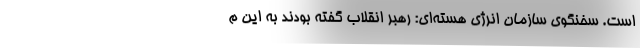
است. سخنگوی سازمان انرژی هسته‌ای: رهبر انقلاب گفته بودند به این م